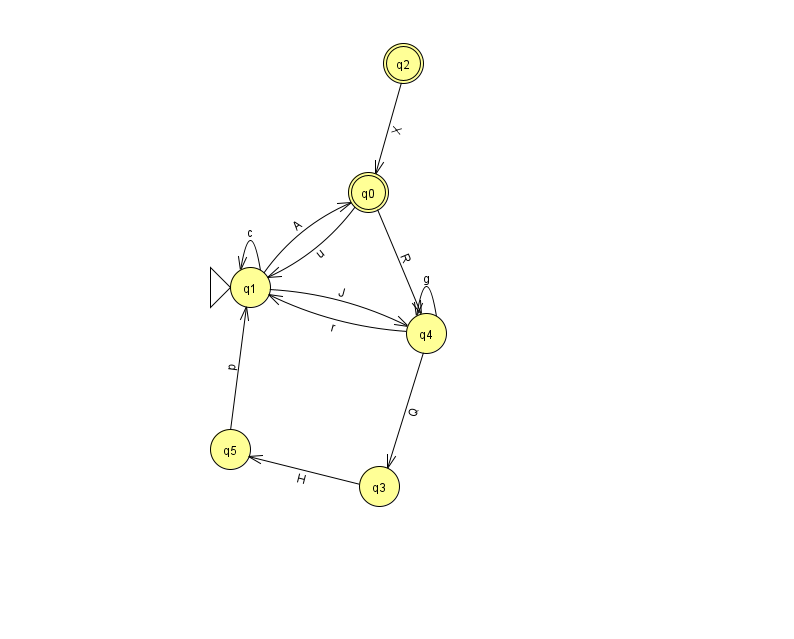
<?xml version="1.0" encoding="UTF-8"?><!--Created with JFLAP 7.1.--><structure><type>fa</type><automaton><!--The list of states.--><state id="0" name="q0"><x>368.0</x><y>179.0</y><final/></state><state id="1" name="q1"><x>250.0</x><y>274.0</y><initial/></state><state id="2" name="q2"><x>403.0</x><y>50.0</y><final/></state><state id="3" name="q3"><x>379.0</x><y>473.0</y></state><state id="4" name="q4"><x>426.0</x><y>320.0</y></state><state id="5" name="q5"><x>230.0</x><y>436.0</y></state><!--The list of transitions.--><transition><from>2</from><to>0</to><read>X</read></transition><transition><from>1</from><to>0</to><read>A</read></transition><transition><from>1</from><to>1</to><read>c</read></transition><transition><from>3</from><to>5</to><read>H</read></transition><transition><from>4</from><to>3</to><read>Q</read></transition><transition><from>5</from><to>1</to><read>p</read></transition><transition><from>0</from><to>1</to><read>u</read></transition><transition><from>1</from><to>4</to><read>J</read></transition><transition><from>4</from><to>4</to><read>g</read></transition><transition><from>0</from><to>4</to><read>R</read></transition><transition><from>4</from><to>1</to><read>r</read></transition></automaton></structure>